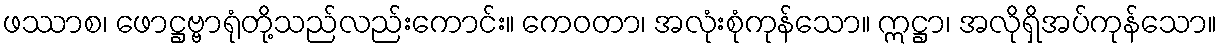
ဖဿာစ၊ ဖောဋ္ဌဗ္ဗာရုံတို့သည်လည်းကောင်း။ ကေဝတာ၊ အလုံးစုံကုန်သော။ ဣဋ္ဌာ၊ အလိုရှိအပ်ကုန်သော။